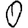
Digit: 0